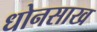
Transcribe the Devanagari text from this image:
धोनसाख